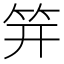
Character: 笄